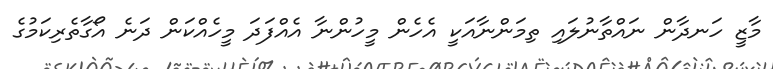
މާޒީ ހަނދާން ނައްތާނުލައި ތިމަންނާއަކީ އެހެން މީހުންނާ އެއްފަދަ މީހެއްކަން ދަނެ އޯގާތެރިކަމުގެ